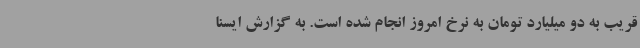
قریب به‌ دو میلیارد تومان به نرخ امروز انجام شده است. به گزارش ایسنا